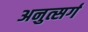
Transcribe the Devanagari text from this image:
अनुत्सर्ग